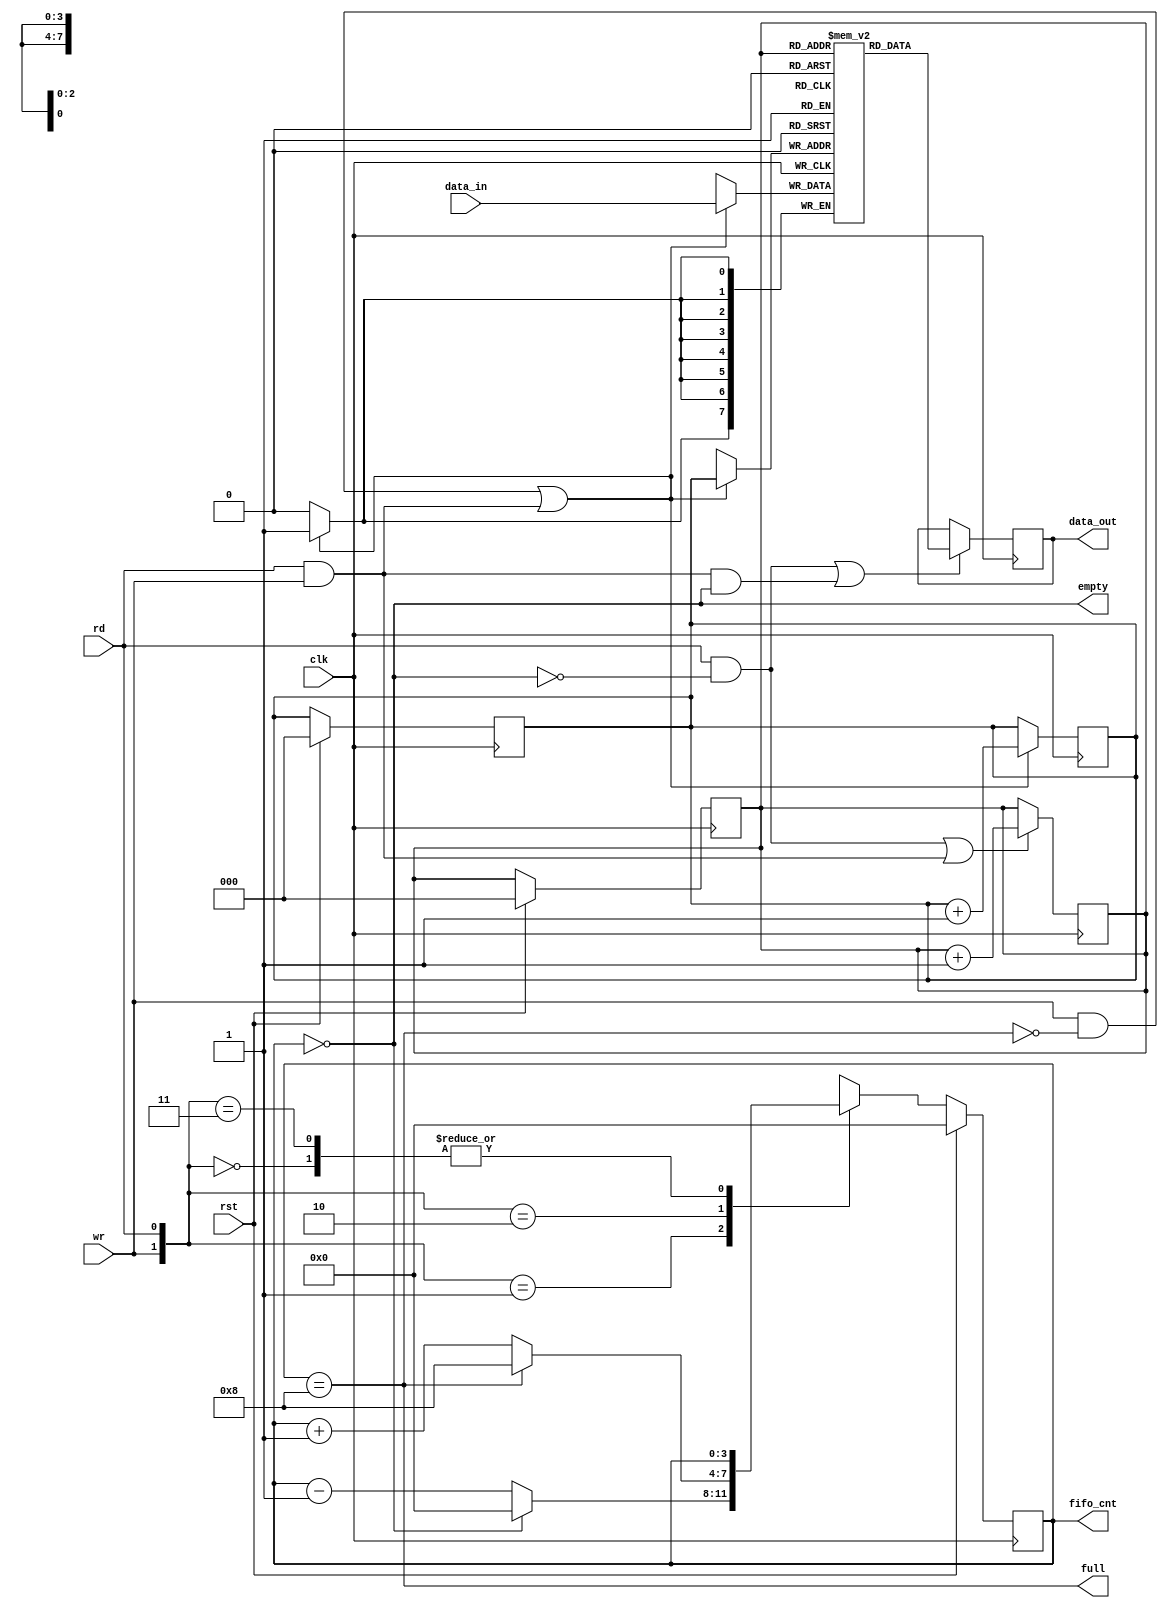
module sync_fifo (input [7:0] data_in, input clk, rst,rd,wr,
             output empty, full, output reg [3:0]fifo_cnt=0,
             output reg [7:0] data_out);
reg [7:0] fifo_ram[0:7];
reg [2:0] rd_ptr = 0, wr_ptr = 0; 
assign empty = (fifo_cnt==0);
assign full = (fifo_cnt==8);
always @ (posedge clk) //write
if((wr && !full)||(wr && rd))begin
fifo_ram[wr_ptr] <= data_in;
wr_ptr <= wr_ptr +1;
end
always @ (posedge clk) begin
if((rd && !empty)||(rd && wr && empty))
data_out <= fifo_ram[rd_ptr];
end 
always @(posedge clk) begin: pointer
rd_ptr <= ((rd && !empty)||(wr && rd)) ? rd_ptr+1 : rd_ptr;
end
always @ (posedge clk ) begin: count
if(rst) begin
wr_ptr <= 0;
rd_ptr <= 0;
fifo_cnt <= 0;
end
else begin 
case ({wr,rd})
2'b00 : fifo_cnt <= fifo_cnt;
2'b01 : fifo_cnt <= (fifo_cnt==0) ? 0 :fifo_cnt-1;
2'b10 : fifo_cnt <= (fifo_cnt==8) ? 8 :fifo_cnt+1;
2'b11 : fifo_cnt <= fifo_cnt;
default : fifo_cnt <= fifo_cnt;
endcase
end
end
endmodule